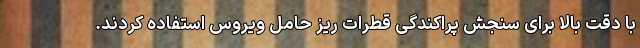
با دقت بالا برای سنجش پراکندگی قطرات ریز حامل ویروس استفاده کردند.